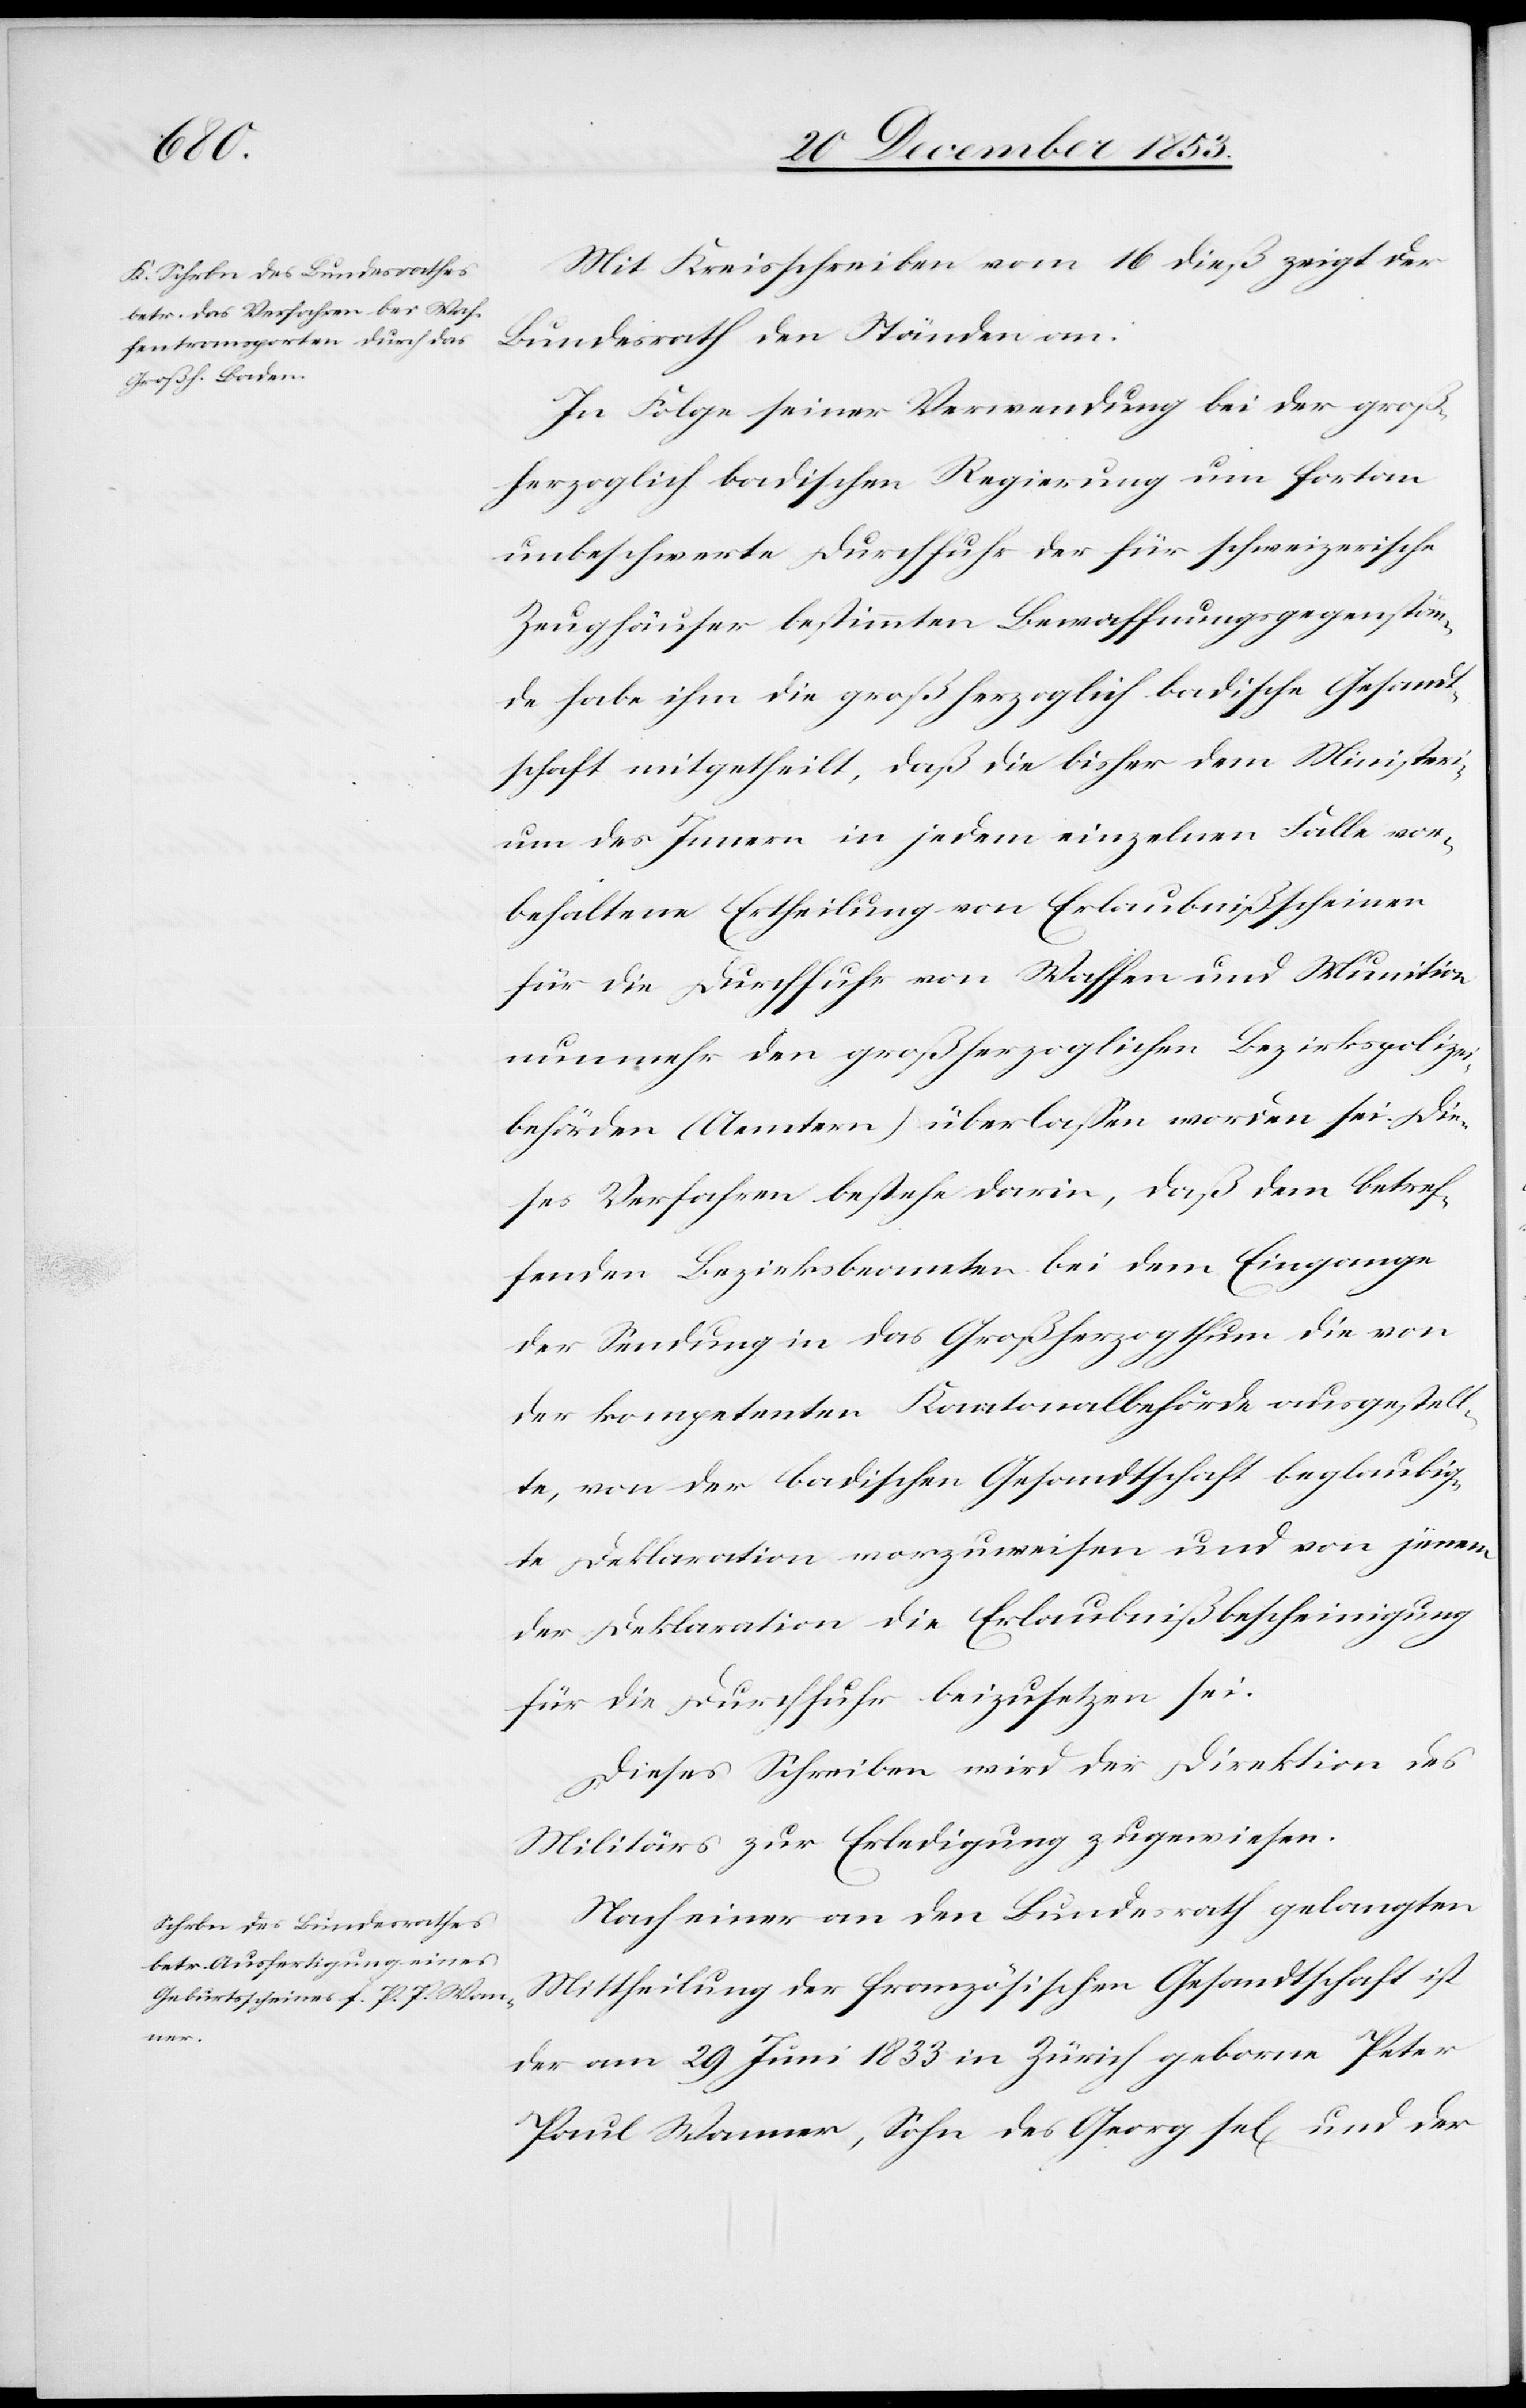
Mit Kreisschreiben vom 16 dieß zeigt der
Bundesrath den Ständen an:
In Folge seiner Verwendung bei der groß¬
herzoglich badischen Regierung um fortan
unbeschwerte Durchfuhr der für schweizerische
Zeughäuser bestimmten Bewaffnungsgegenstän¬
de habe ihm die großherzoglich badische Gesandt¬
schaft mitgetheilt, daß die bisher dem Ministeri¬
um des Innern in jedem einzelnen Falle vor¬
behaltene Ertheilung von Erlaubnißscheinen
für die Durchfuhr von Waffen und Munition
nunmehr den großherzoglichen Bezirkspolizei¬
behörden (Aemtern) überlaßen worden sei. Die¬
ses Verfahren bestehe darin, daß den betref¬
fenden Bezirksbeamten bei dem Eingange
der Sendung in das Großherzogthum die von
der kompetenten Kantonalbehörde ausgestell¬
te, von der badischen Gesandtschaft beglaubig¬
te Deklaration vorzuweisen und von jenen
der Deklaration die Erlaubnißbescheinigung
für die Durchfuhr beizusetzen sei.
Dieses Schreiben wird der Direktion des
Militärs zur Erledigung zugewiesen.
Nach einer an den Bundesrath gelangten
Mittheilung der französischen Gesandtschaft ist
der am 29 Juni 1853 in Zürich geborene Peter
Paul Wanner, Sohn des Georg sel[igen] und der